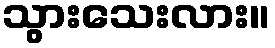
သွားသေးလား။